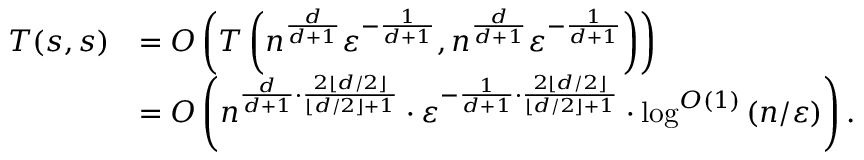
\begin{array} { r l } { T ( s , s ) } & { = O \left( T \left( n ^ { \frac { d } { d + 1 } } \varepsilon ^ { - \frac { 1 } { d + 1 } } , n ^ { \frac { d } { d + 1 } } \varepsilon ^ { - \frac { 1 } { d + 1 } } \right) \right) } \\ & { = O \left( n ^ { \frac { d } { d + 1 } \cdot \frac { 2 \lfloor d / 2 \rfloor } { \lfloor d / 2 \rfloor + 1 } } \cdot \varepsilon ^ { - \frac { 1 } { d + 1 } \cdot \frac { 2 \lfloor d / 2 \rfloor } { \lfloor d / 2 \rfloor + 1 } } \cdot \log ^ { O ( 1 ) } { ( n / \varepsilon ) } \right) . } \end{array}